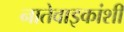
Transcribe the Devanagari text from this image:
नातेवाइकांशी